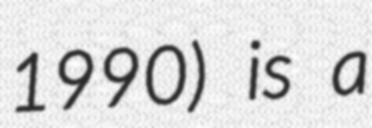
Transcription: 1990) is a